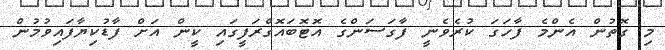
މި ގޮތުން އެންމެ ފާހަގަ ކުރެވެނީ ފާގަސަންގެ އޮޓޮބައޮގްރަފީގައި ކީން އަށް ފާޑުކިޔާފައިވުމުން